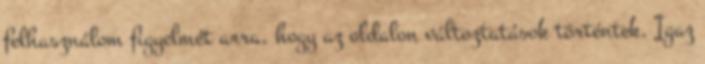
felhasználom figyelmét arra, hogy az oldalon változtatások történtek. Igaz